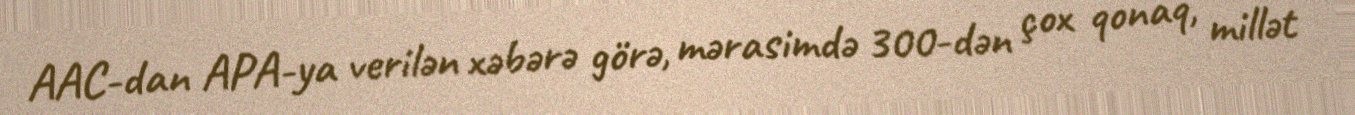
AAC-dan APA-ya verilən xəbərə görə, mərasimdə 300-dən çox qonaq, millət